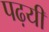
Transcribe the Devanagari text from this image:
पढ़यी